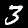
Label: 3